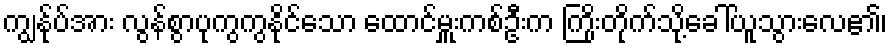
ကျွန်ုပ်အား လွန်စွာပုကွကွနိုင်သော ထောင်မှူးကစ်ဦးက ကြိုးတိုက်သို့ခေါ်ယူသွားလေ၏၊